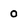
Character: 0